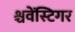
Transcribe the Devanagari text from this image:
श्चवेंस्टिगर